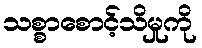
သစ္စာစောင့်သိမှုကို